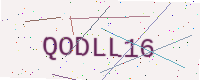
Text: QODLL16